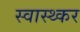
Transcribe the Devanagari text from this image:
स्वास्थ्कर